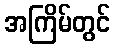
အကြိမ်တွင်